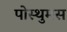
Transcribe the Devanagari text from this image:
पोस्थुमस